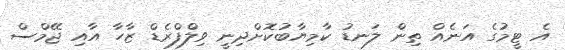
އެ ޓީމުގެ އަނެއް ތިން ލަނޑު ކާމިޔާބުކޮށްދިނީ ވިލްފްރެޑް ޒާހާ އާއި ޖޭމްސް